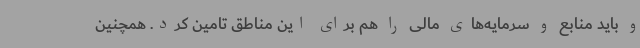
و باید منابع و سرمایه‌های مالی را هم برای این مناطق تامین کرد. همچنین